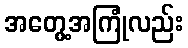
အတွေ့အကြုံလည်း